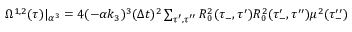
\begin{array} { r } { \Omega ^ { 1 , 2 } ( \tau ) | _ { \alpha ^ { 3 } } = 4 ( - \alpha k _ { 3 } ) ^ { 3 } ( \Delta t ) ^ { 2 } \sum _ { \tau ^ { \prime } , \tau ^ { \prime \prime } } R _ { 0 } ^ { 2 } ( \tau _ { - } , \tau ^ { \prime } ) R _ { 0 } ^ { 2 } ( \tau _ { - } ^ { \prime } , \tau ^ { \prime \prime } ) \mu ^ { 2 } ( \tau _ { - } ^ { \prime \prime } ) } \end{array}